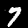
Digit: 7